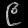
Digit: ၉